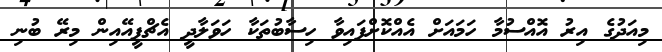
މިއަދުގެ އިރު އޮއްސުމާ ހަމައަށް އެއްކޮށްފައިވާ ހިސާބުތަކާ ހަވަލާދީ އެޗްޕީއޭއިން މިރޭ ބުނި